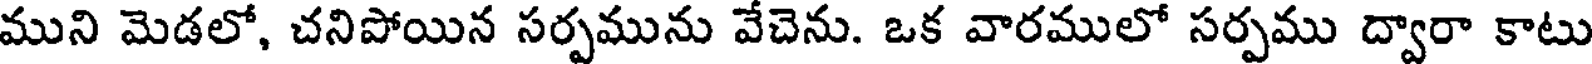
ముని మెడలో, చనిపోయిన సర్పమును వేచెను. ఒక వారములో సర్పము ద్వారా కాటు